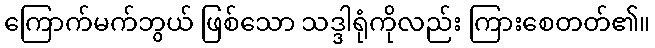
ကြောက်မက်ဘွယ် ဖြစ်သော သဒ္ဒါရုံကိုလည်း ကြားစေတတ်၏။